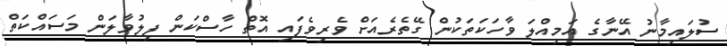
ސުލައިމާނު އޭނާގެ އަމިއްލަ ވާހަކަތަކުން ގޭތެރެއަށް ވެރިވެފައި އޮތް ހާސްކަން ފިލުވާލަން މަސައްކަތް